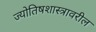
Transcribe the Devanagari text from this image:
ज्योतिषशास्त्रावरील